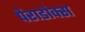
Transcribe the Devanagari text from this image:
पैराडोक्स